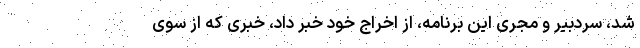
شد، سردبیر و مجری این برنامه، از اخراج خود خبر داد، خبری که از سوی